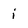
Character: i